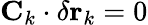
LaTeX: \mathbf{C}_{k}\cdot\delta\mathbf{r}_{k}=0